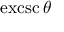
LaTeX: \operatorname { e x c s c } \theta